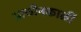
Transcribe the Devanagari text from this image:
प्राचीनकाळीं